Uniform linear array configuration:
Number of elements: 64
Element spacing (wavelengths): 1
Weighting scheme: binomial
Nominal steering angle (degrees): -15
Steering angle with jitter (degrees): -13.477
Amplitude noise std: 0.05
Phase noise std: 0.05

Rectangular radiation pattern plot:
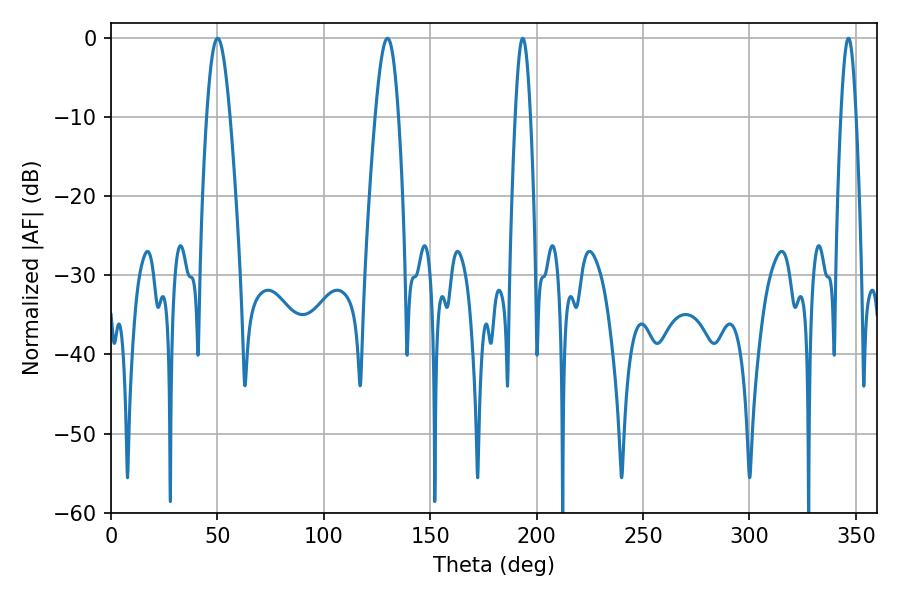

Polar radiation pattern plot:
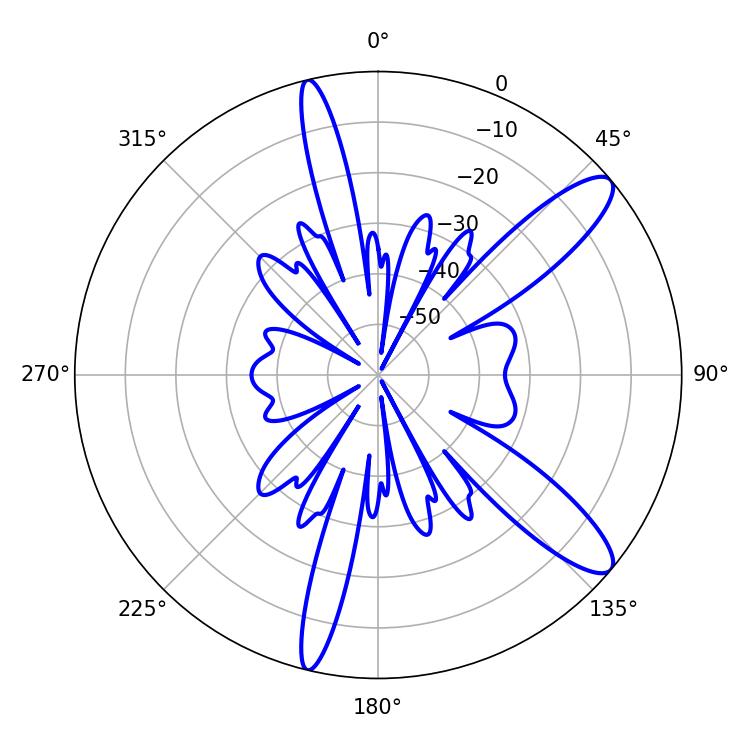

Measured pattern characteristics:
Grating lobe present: TRUE
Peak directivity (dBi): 11.599
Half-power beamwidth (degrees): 3.78
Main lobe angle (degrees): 193.5